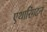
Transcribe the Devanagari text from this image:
एथारिंगटन